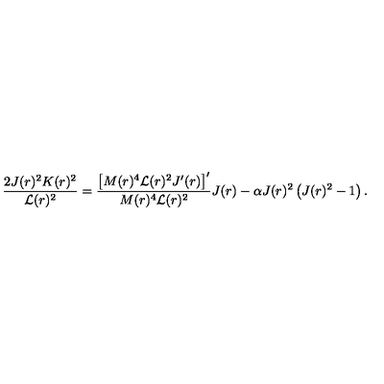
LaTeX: \frac { 2 J ( r ) ^ { 2 } K ( r ) ^ { 2 } } { \mathcal { L } ( r ) ^ { 2 } } = \frac { \left[ M ( r ) ^ { 4 } \mathcal { L } ( r ) ^ { 2 } J ^ { \prime } ( r ) \right] ^ { \prime } } { M ( r ) ^ { 4 } \mathcal { L } ( r ) ^ { 2 } } J ( r ) - \alpha J ( r ) ^ { 2 } \left( J ( r ) ^ { 2 } - 1 \right) .